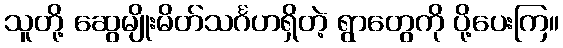
သူတို့ ဆွေမျိုးမိတ်သင်္ဂဟရှိတဲ့ ရွာတွေကို ပို့ပေးကြ။